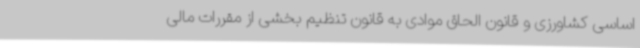
اساسی کشاورزی و قانون الحاق موادی به قانون تنظیم بخشی از مقررات مالی